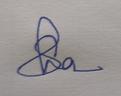
Signature authenticity: genuine